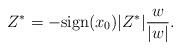
LaTeX: \begin{align*}Z^\ast=-\mathrm{sign}(x_0)|Z^\ast| \frac{w}{|w|}.\end{align*}